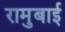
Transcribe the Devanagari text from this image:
रामुबाई